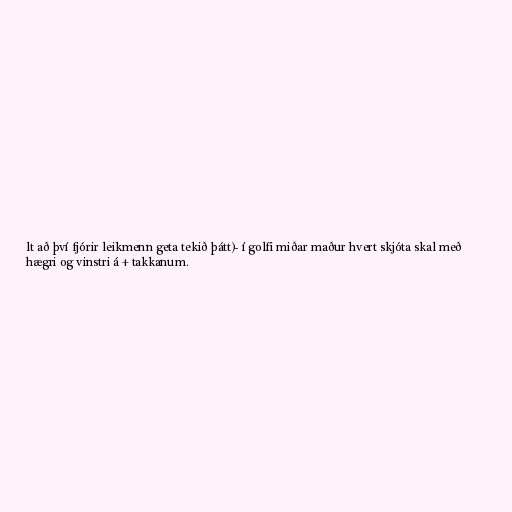
lt að því fjórir leikmenn geta tekið þátt)- í golfi miðar maður hvert skjóta skal með
hægri og vinstri á + takkanum.